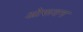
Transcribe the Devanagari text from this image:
ओरूवन